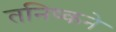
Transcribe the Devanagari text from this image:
तनिष्कने